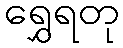
ရွှေရတု